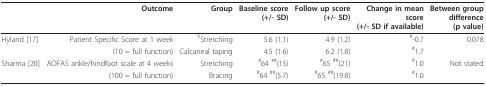
|  | Outcome | Group | Baseline score(+/- SD) | Follow up score(+/- SD) | Change in meanscore(+/- SD if available) | Between groupdifference(p value) |
 | --- | --- | --- | --- | --- | --- | --- |
 | Hyland [17] | Patient Specific Score at 1 week | §Stretching | 5.6 (1.1) | 4.9 (1.2) | #-0.7 | 0.078 |
 |  | (10 = full function) | Calcaneal taping | 4.5 (1.6) | 6.2 (1.8) | #1.7 |  |
 | Sharma [20] | AOFAS ankle/hindfoot scale at 4 weeks | Stretching | #64 ##(15) | #65 ##(21) | #1.0 | Not stated |
 |  | (100 = full function) | Bracing | #64 ##(5.7) | #65 ##(19.8) | #1.0 |  |